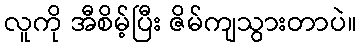
လူကို အီစိမ့်ပြီး ဇိမ်ကျသွားတာပဲ။